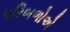
પરિબળોએ